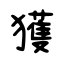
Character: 獲